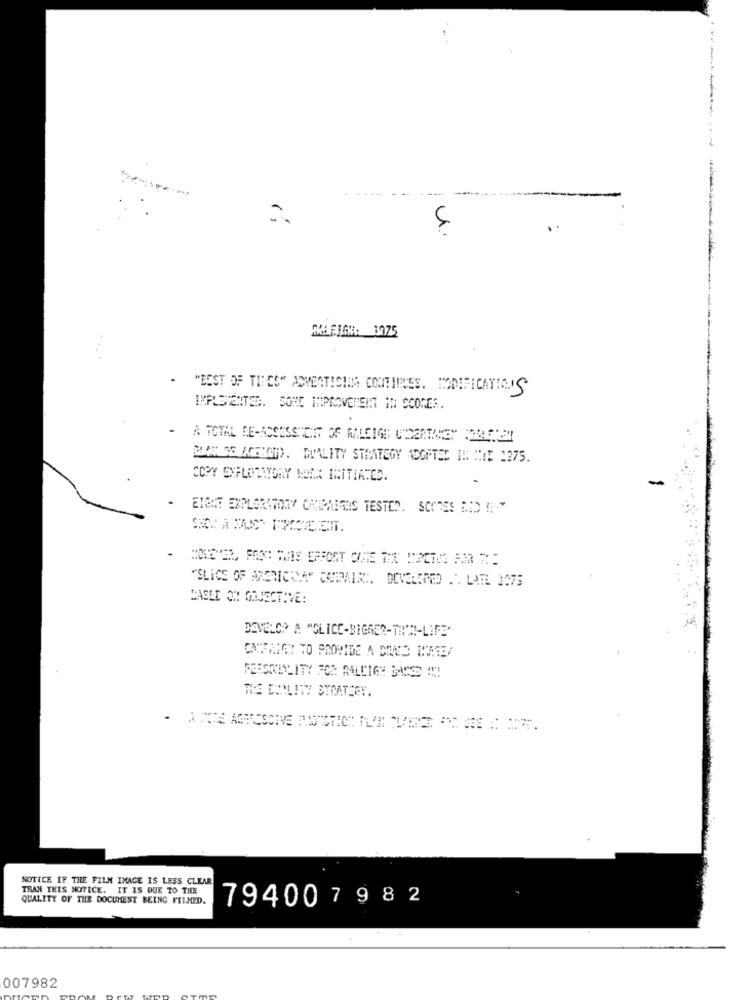
------
"BEST OF THRES" ADVERTISING CONTIENES. MODIFICATIONS
IMPLSEITE. SOME IMPROVEMENT IN SCONES.
A TOTAL DE-ASSESSMENT OF RALEIGH: UNDERTAKEN
BAGE AFRON. DUALITY STRATEGY ADOPTED IN HIE 1375.
COPY EXPLORATORY NOIX INITIATES.
EIGNE EXPLORATORY CAIPAESEIS TESTED. SCORES ADD .+
BASED ON GOJECTIVE:
DEVELOP A "SLICE-BIGGER-THEI-LIFE'
CATFRIET TO PROVIDE A BAND INAREA
THE ENOLITY STRATEGY.
NOTICE IF THE FILM IMAGE IS LESS CLEAR
TRAN THIS NOTICE. IT IS DUE TO THE
QUALITY OF THE DOCUMENT BEING FILMED.
794007982
007982